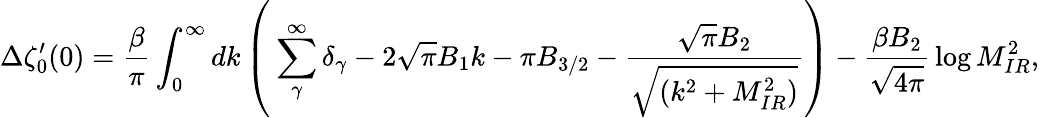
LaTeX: \Delta\zeta_{0}^{\prime}(0)=\frac{\beta}{\pi}\int_{0}^{\infty}dk\left(\: \sum_{\gamma}^{\infty}\delta_{\gamma}-2\sqrt{\pi}B_{1}k-\pi B_{3/2}-\frac{\sqrt{\pi}B_{2}}{\sqrt{(k^{2}+M_{IR}^{2})}}\right)-\frac{\beta B_{2}}{\sqrt{4\pi}}\, \log M_{IR}^{2},